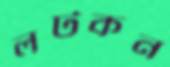
লটকন